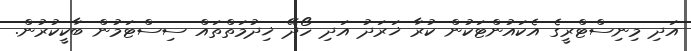
އަދި މިނިސްޓްރީގެ އެކައުންޓަކުން ކުރާ ޚަރަދު އަދި ހޯދޭ ޚިދުމަތްތައް ސިސްޓަމުން ބާކީކުރުން.